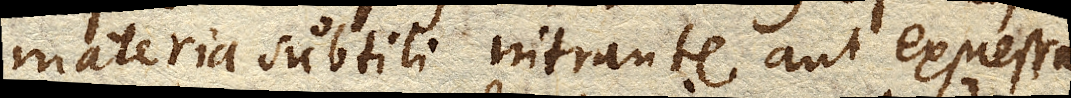
materia subtili intrante aut expressa